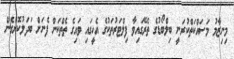
މިނިޒާމު މަސައްކަތްކުރަނީ ބިލްބޯޑުގެ ތެރޭގައިވާ ފިލްޓަރުތަކުގެ އެހީގައި ވައިގެ ތެތްކަން ފެނަށް ބަދަލުކޮށްގެން